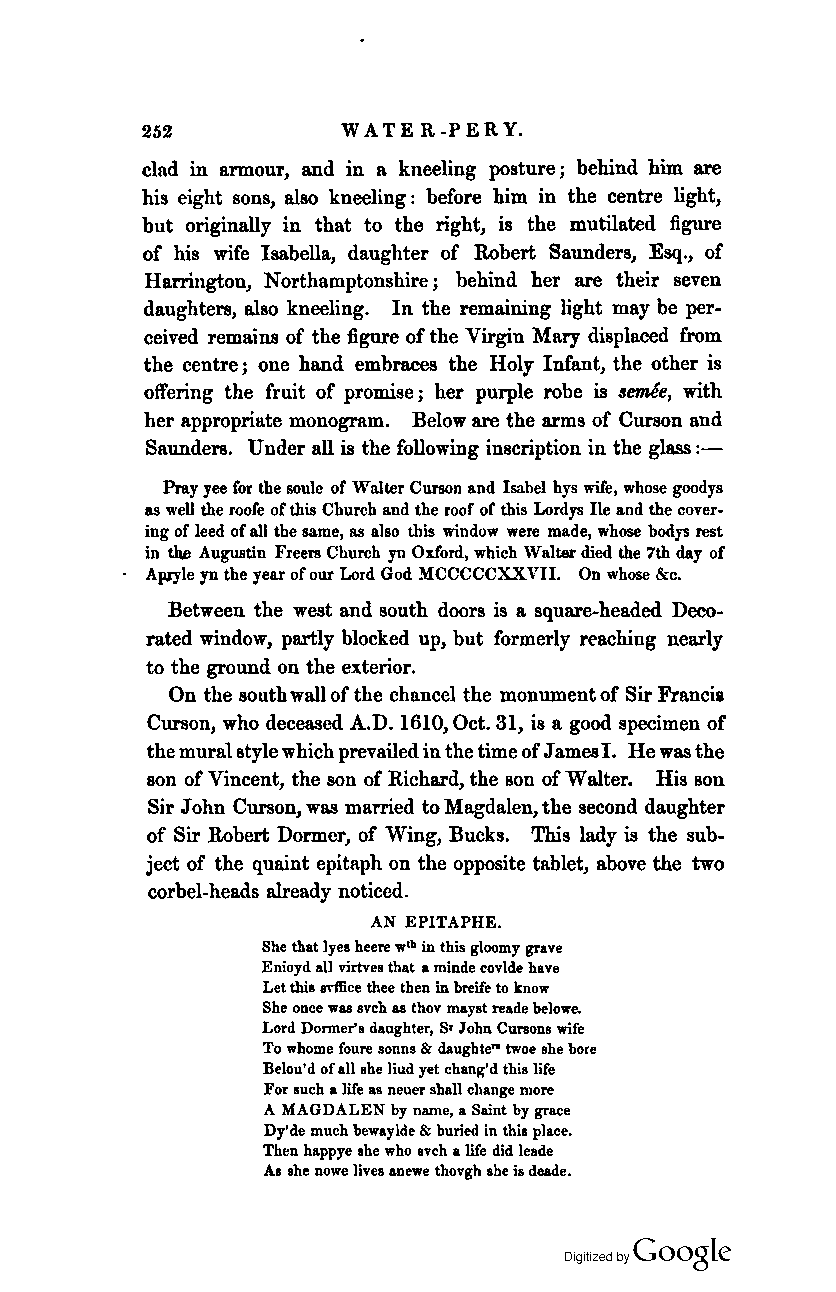
252           W ATE R -P E R Y.
 clad in armour, and in a kneeling posture; behind him are
 his eight sons, also kneeling: before him in the centre light,
 but originally in that to the right, is the mutilated figure
 of his wife Isabella, daughter of Robert Saunders, Esq., of
 Harrington, Northamptonshire; behind her are their seven
 daughters, also kneeling. In the remaining light may be per
 ceived remains of the figure of the Virgin Mary displaced from
 the centre j one hand embraces the Holy Infant, the other is
 offering the fruit of promise j her purple robe is Bernee, with
 her appropriate monogram. Below are the arms of Curson and
 Saunders. Under all is the following inscription in the glass:-
 Pray yee for the soule of Walter Curson and Isabel hys wife, whose goodys
 as well the roofe of this Church and the roof of this Lordys Ile and the COTer
 iug of leed of all the same, as also this window were made, whose bodys rest
 in the Augustin Freers Church yn Oxford, which Walter died the 7th day of
 Apryle yn the year of our Lord God MCCCCCXXVII. On whose &c.
 Between the west and south doors is a square-headed Deco
 rated window, partly blocked up, but formerly reachiug nearly
 to the ground on the exterior.
 On the south wall of the chancel the monument of Sir Francia
 Curson, who deceased A.D. 1610, Oct. 31, is a good specimen of
 the mural style which prevailed in the time of James I. He was the
 son of Vincent, the son of Richard, the son of Walter. His son
 Sir John Curson, was married to Magdalen, the second daughter
 of Sir Robert Dormer, of Wing, Bucks. This lady is the sub
 ject of the quaint epitaph on the opposite tablet, above the two
 corbel-heads already noticed.
 AN EPITAPHE.
 She that Iyes heere W1h in this gloomy grave
 Enioyd all Tirtvea that a minde covlde have
 Let this IITffice thee then in breife to know
 She once was svch as thoT mayst reade belowe.
 Lord Dormer's daughter, Sr John Cursons wife
 To whome foure sonns Be daughter-twoe she bore
 Belou'd of all ahe liud yet chang'd this life
 For such a life as neuer shall change more
 A MAGDALEN by name, a Saint by grace
 Dy'de much bewaylde Be buried in this place.
 Then happye she who nch a life did leade
 A. ahe nowe lives anewe thovgh ahe is deade.
 Coogle
 Digitized by